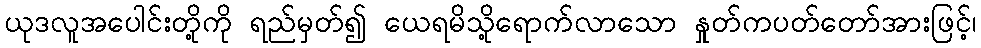
ယုဒလူအပေါင်းတို့ကို ရည်မှတ်၍ ယေရမိသို့ရောက်လာသော နှုတ်ကပတ်တော်အားဖြင့်၊